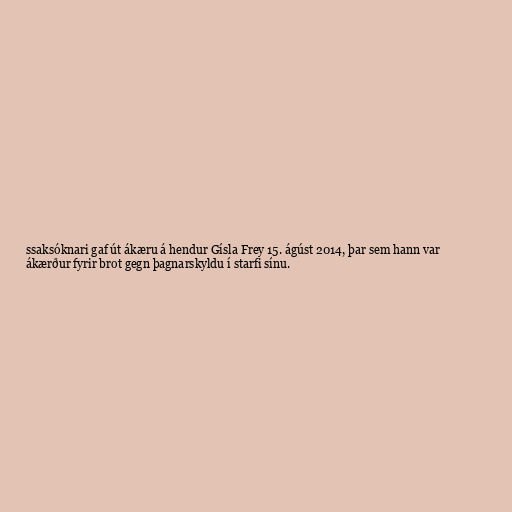
ssaksóknari gaf út ákæru á hendur Gísla Frey 15. ágúst 2014, þar sem hann var
ákærður fyrir brot gegn þagnarskyldu í starfi sínu.